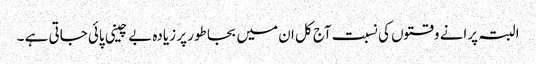
البتہ پرانے وقتوں کی نسبت آج کل ان میں بجا طور پر زیادہ بے چینی پائی جاتی ہے ۔